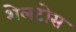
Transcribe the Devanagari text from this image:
शेलटोस